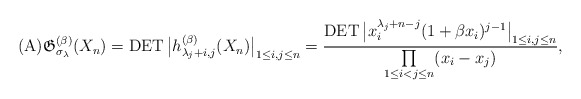
\begin{gather*}({\rm A}) \mathfrak{G}_{\sigma_{\lambda}}^{(\beta)}(X_n)=\operatorname{DET}\big|h_{\lambda_j +i,j}^{(\beta)}(X_n)\big|_{1 \le i,j \le n} ={\operatorname{DET} \big| x_i^{\lambda_j +n-j}(1+\beta x_i)^{j-1} \big|_{1 \le i,j \le n} \over \prod\limits_{1 \le i < j \le n}(x_i-x_j) },\end{gather*}